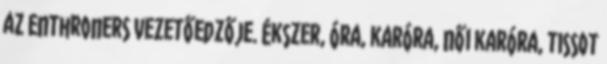
az Enthroners vezetőedzője. ékszer, óra, karóra, női karóra, tissot